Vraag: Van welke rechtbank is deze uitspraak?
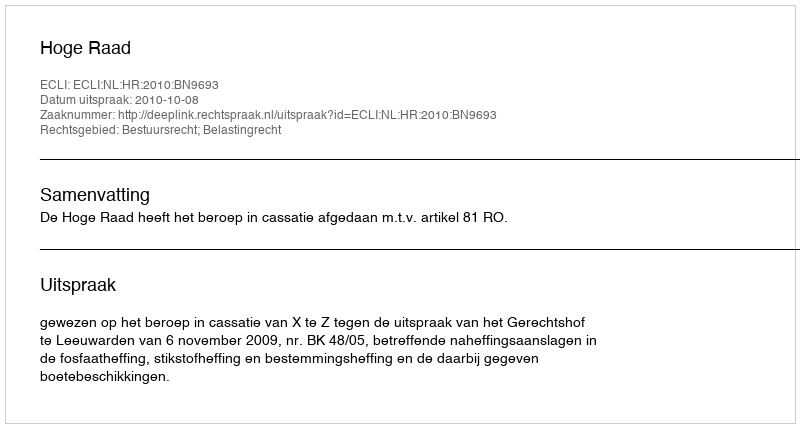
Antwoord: Hoge Raad